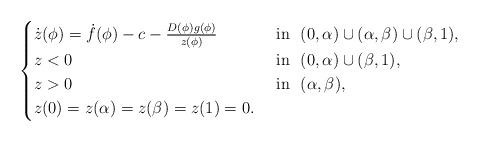
LaTeX: \begin{align*}\begin{cases}\dot{z}(\phi)=\dot{f}(\phi) -c- \frac{D(\phi)g(\phi)}{z(\phi)} \ &\mbox{ in } \ (0,\alpha)\cup (\alpha,\beta)\cup (\beta, 1),\\z<0 \ &\mbox{ in } \ (0,\alpha)\cup(\beta, 1),\\z>0 \ &\mbox{ in } \ (\alpha,\beta),\\z(0)=z(\alpha)=z(\beta)=z(1)=0.\end{cases}\end{align*}